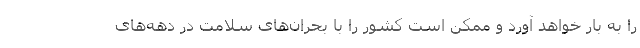
را به بار خواهد آورد و ممکن است کشور را با بحران‌های سلامت در دهه‌های